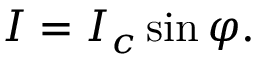
I = I _ { c } \sin \varphi .